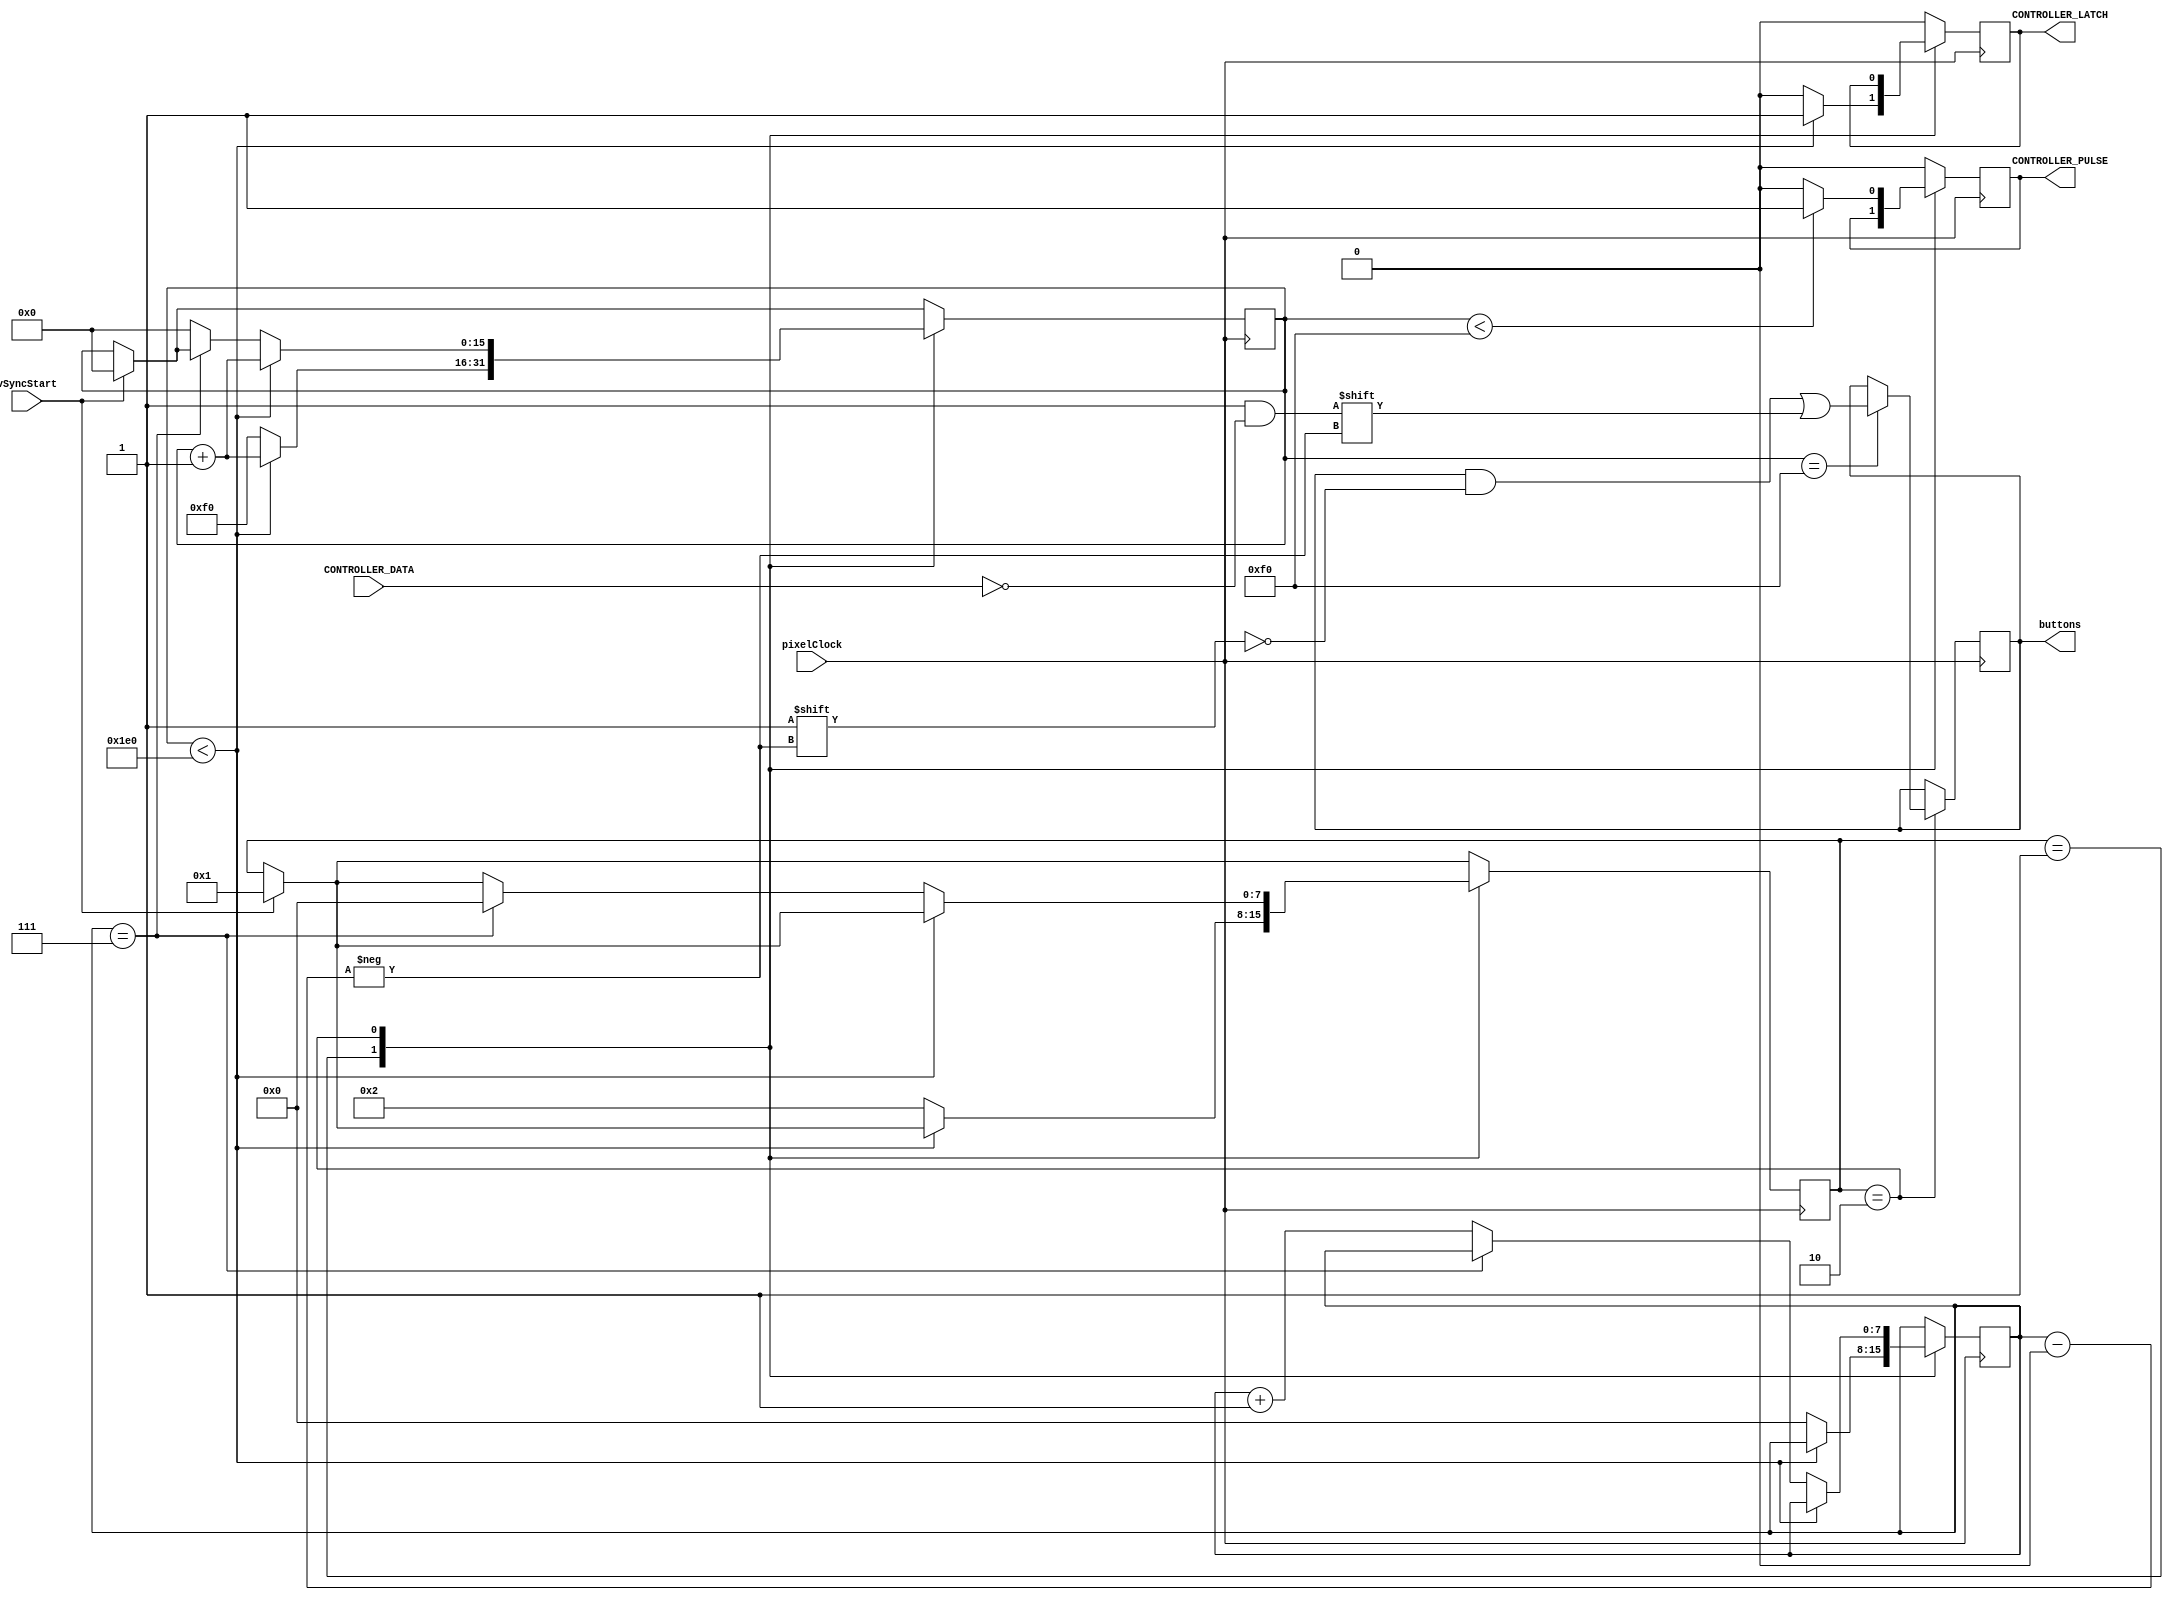
module NesController(
	input pixelClock,
	input vSyncStart,
	input CONTROLLER_DATA,
	output reg CONTROLLER_LATCH,
	output reg CONTROLLER_PULSE,
	output reg [7:0] buttons
);

parameter
	buttonA = 8'd0,
	buttonB = 8'd1,
	buttonSelect = 8'd2,
	buttonStart = 8'd3,
	buttonUp = 8'd4,
	buttonDown = 8'd5,
	buttonLeft = 8'd6,
	buttonRight = 8'd7;

// Communication states
localparam
	idle = 0,
	setLatch = 1,
	readButton = 2;

// Latch and pulse timings
localparam
	clocksIn12us = 40000000 / 1000000 * 12,
	clocksIn6us = clocksIn12us / 8'd2;

reg [7:0] commState = idle;
reg [7:0] buttonSelected = buttonA;
reg [15:0] count = 0;

always @(posedge pixelClock)
begin
	if (vSyncStart)
	begin
		count <= 0;
		commState <= setLatch;
	end

	case(commState)
		setLatch:
			begin	
				if (count < clocksIn12us)
					begin
						CONTROLLER_LATCH <= 1;
						count <= count + 1'b1;
					end
				else
					begin
						CONTROLLER_LATCH <= 0;
						count <= clocksIn6us[15:0];
						buttonSelected <= buttonA;
						commState <= readButton;
					end
			end
		readButton:
			begin
				if (count < clocksIn6us)
					CONTROLLER_PULSE <= 1;
				else
					CONTROLLER_PULSE <= 0;

				if (count == clocksIn6us)
					buttons[buttonSelected] <= ~CONTROLLER_DATA;

				if (count < clocksIn12us)
					count <= count + 1'b1;
				else
					// Right D-pad button is the last button we check,
					// so when we're done reading it move to idle state.
					if (buttonSelected == buttonRight)
						commState <= idle;
					else
						begin
							count <= 0;
							buttonSelected <= buttonSelected + 1'b1;
						end
			end
		default:
			begin
				CONTROLLER_LATCH <= 0;
				CONTROLLER_PULSE <= 0;
			end
	endcase
end

endmodule